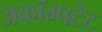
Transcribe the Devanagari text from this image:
अकॉम्पटेंट